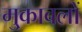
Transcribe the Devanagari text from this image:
मु्काबलों